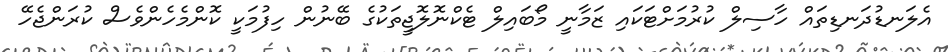
އެލަނޑުދަނޑިތައް ހާސިލް ކުރުމަށްޓަކައި ޒަމާނީ މޯބައިލް ޓެކްނޮލޮޖީތަކުގެ ބޭނުން ހިފުމަކީ ކޮންމެހެންވެސް ކުރަންޖެހޭ